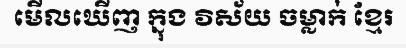
មើលឃើញ ក្នុង វិស័យ ចម្លាក់ ខ្មែរ